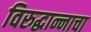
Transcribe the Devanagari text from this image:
विरुद्धान्नाचा